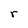
Character: r